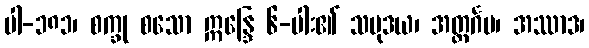
ပါ-၁၈၁၊ စက္ခု စသော ဣန္ဒြေ ၆-ပါး၏ သမုဒယ၊ အတ္ထင်္ဂမ၊ အဿာဒ၊